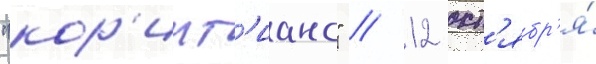
"кор'инт'ианс" // 12 окт'ябр'я́